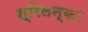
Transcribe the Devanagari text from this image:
श्रिलन्का